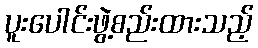
ပူးပေါင်းဖွဲ့စည်းထားသည့်